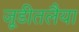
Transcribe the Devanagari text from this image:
जूडीतलैया